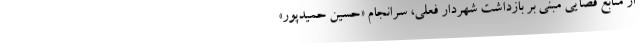
از منابع قضایی مبنی بر بازداشت شهردار فعلی، سرانجام «حسین حمیدپور»